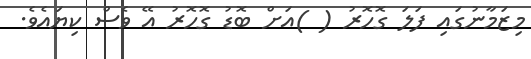
މިޒަމާނުގައި ފަލަ ގޮހޮރު ( )އަށް ބޮޑު ގޮހޮރު އޭ ވެސް ކިޔައެވެ.